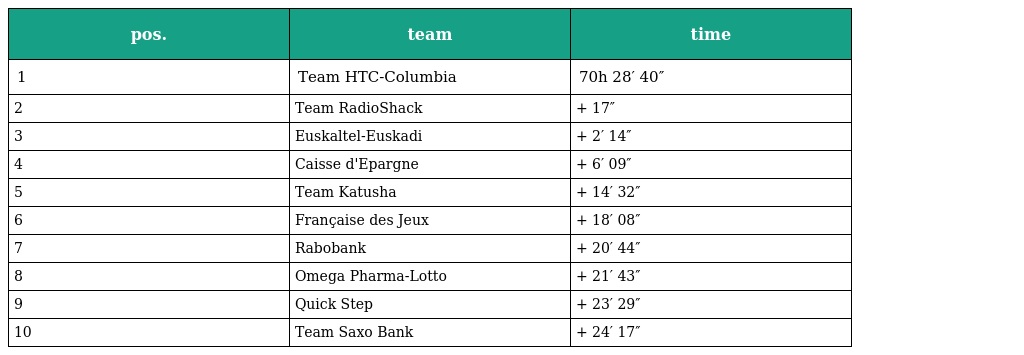
| pos. | team | time |
 | --- | --- | --- |
 | 1 | Team HTC-Columbia | 70h 28′ 40″ |
 | 2 | Team RadioShack | + 17″ |
 | 3 | Euskaltel-Euskadi | + 2′ 14″ |
 | 4 | Caisse d'Epargne | + 6′ 09″ |
 | 5 | Team Katusha | + 14′ 32″ |
 | 6 | Française des Jeux | + 18′ 08″ |
 | 7 | Rabobank | + 20′ 44″ |
 | 8 | Omega Pharma-Lotto | + 21′ 43″ |
 | 9 | Quick Step | + 23′ 29″ |
 | 10 | Team Saxo Bank | + 24′ 17″ |